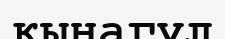
қынагүл